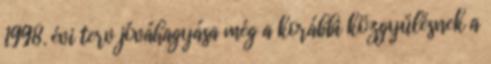
1998. évi terv jóváhagyása még a korábbi közgyűlésnek a